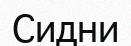
Сидни